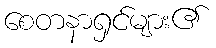
စေတနာရှင်များ၏